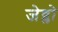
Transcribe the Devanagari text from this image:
जेव्लो